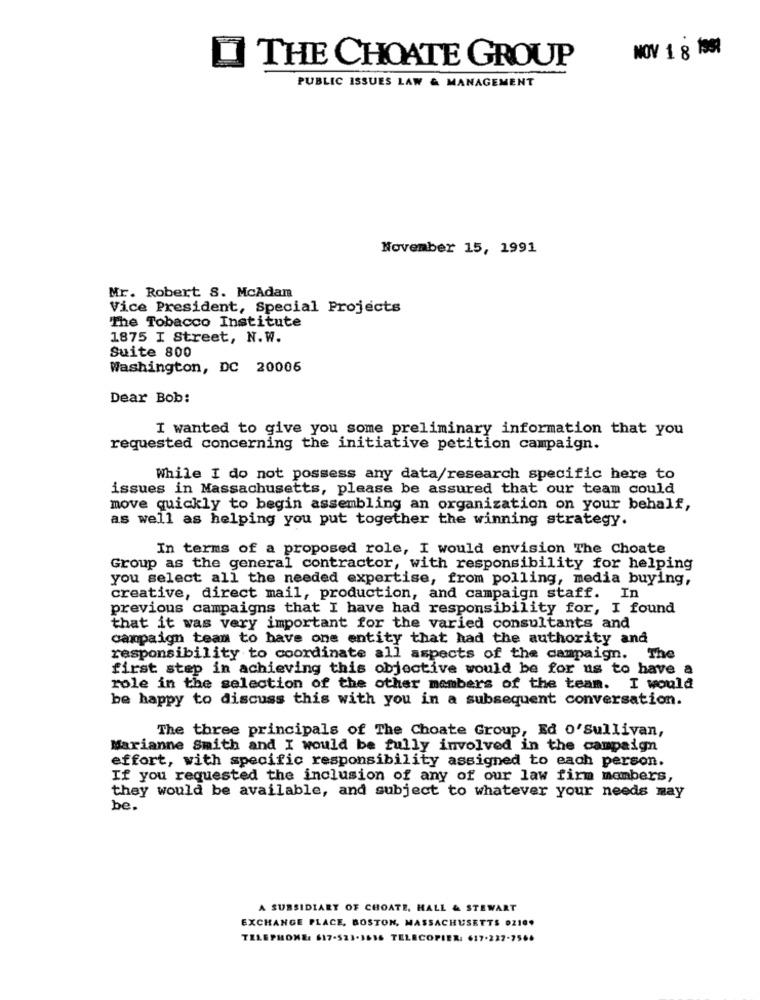
NOV 1 8 199
00
THE CHOATE GROUP
PUBLIC ISSUES LAW & MANAGEMENT
November 15, 1991
Mr. Robert 8. McAdam
Vice President, Special Projects
The Tobacco Institute
1875 I Street, N.W.
Suite 800
Washington, DC 20006
Dear Bob:
I wanted to give you some preliminary information that you
requested concerning the initiative petition campaign.
While I do not possess any data/research specific here to
issues in Massachusetts, please be assured that our team could
move quickly to begin assembling an organization on your behalf,
as well as helping you put together the winning strategy.
In terms of a proposed role, I would envision The Choate
Group as the general contractor, with responsibility for helping
you select all the needed expertise, from polling, media buying,
creative, direct mail, production, and campaign staff. In
previous campaigns that I have had responsibility for, I found
that it was very important for the varied consultants and
campaign team to have one entity that had the authority and
responsibility to coordinate all aspects of the campaign. The
first step in achieving this objective would be for us to have a
role in the selection of the other members of the team. I would
be happy to discuss this with you in a subsequent conversation.
The three principals of The Choate Group, Ed O'Sullivan,
Marianne Smith and I would be fully involved in the campaign
effort, with specific responsibility assigned to each person.
If you requested the inclusion of any of our law firm mambers,
they would be available, and subject to whatever your needs may
be.
A SUBSIDIARY OF CHOATE, HALL & STEWART
EXCHANGE PLACE, BOSTON, MASSACHUSETTS OZ10.
TELEPHONE: 617-523-3636 TELECOPIER: 617-227-7566